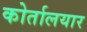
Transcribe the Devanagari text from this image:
कोर्तालयार